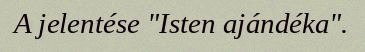
A jelentése "Isten ajándéka".